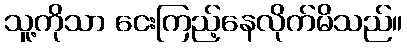
သူ့ကိုသာ ငေးကြည့်နေလိုက်မိသည်။